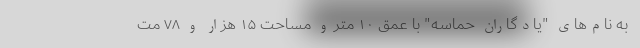
به نام‌های "یادگاران حماسه" با عمق ۱۰ متر و مساحت ۱۵ هزار و ۷۸ مت